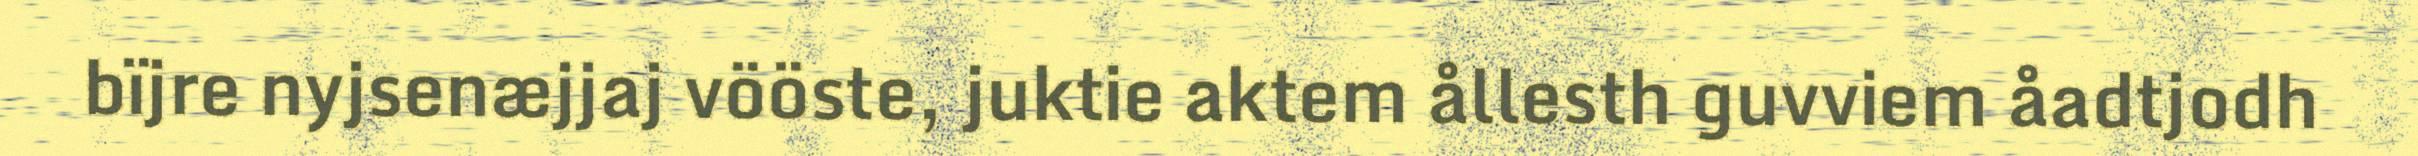
bïjre nyjsenæjjaj vööste, juktie aktem ållesth guvviem åadtjodh